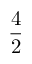
\frac { 4 } { 2 }